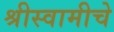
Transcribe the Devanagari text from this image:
श्रीस्वामीचे